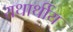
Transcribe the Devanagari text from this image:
यथार्थीय